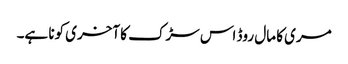
مری کا مال روڈ اس سڑک کا آخری کونا ہے۔